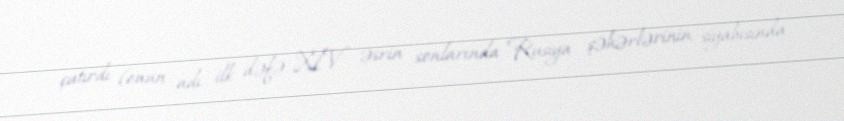
çatırdı (onun adı ilk dəfə XIV əsrin sonlarında Rusiya şəhərlərinin siyahısında